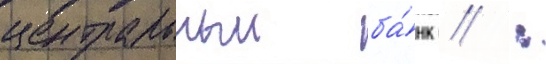
центральныи ба́нк // :